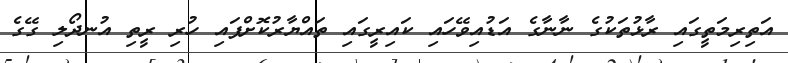
އަތިރިމަތީގައި ރާޅުތަކުގެ ނާނާގެ އަޑުއިވޭހައި ކައިރީގައި ތައްޔާރުކޮށްފައި ހުރި ރީތި އުނދޯލި ގޭގެ